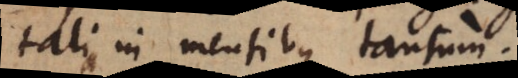
talia in mentibus tantum.